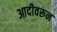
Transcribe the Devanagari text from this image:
आदीवरून